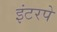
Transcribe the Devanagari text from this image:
इंटरपे